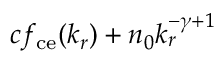
c f _ { \mathrm { c e } } ( k _ { r } ) + n _ { 0 } k _ { r } ^ { - \gamma + 1 }